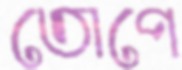
তোপে